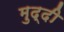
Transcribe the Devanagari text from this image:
मुद्दी